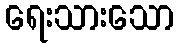
ရေးသားသော